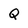
Character: Q